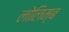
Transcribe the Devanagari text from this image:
लोलिम्ब